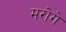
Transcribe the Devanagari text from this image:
मरोगे